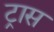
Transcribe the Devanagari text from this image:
ट्रास